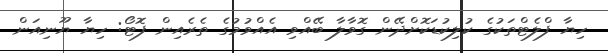
ހިޔާ ފްލެޓްތަކުގެ ކުލިކުޑަކޮށްދޭން ގޮވާލާ ބޭއްވި އެއްވުމުގެ ތެރެއިން ފޮޓޯ: ހިޔާ ޔޫނިއަން